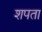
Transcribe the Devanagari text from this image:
शपता